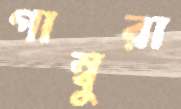
গাম্বুরা